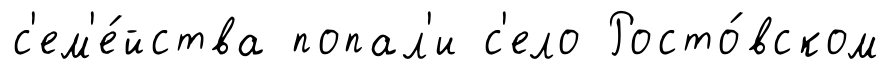
с'ем'е́йства попал'и с'ело Росто́вском